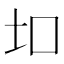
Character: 𫭙